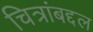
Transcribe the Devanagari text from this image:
चित्रांबद्दल